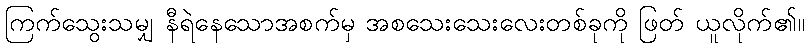
ကြက်သွေးသမျှ နီရဲနေသောအစက်မှ အစသေးသေးလေးတစ်ခုကို ဖြတ် ယူလိုက်၏။